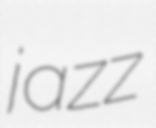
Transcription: jazz